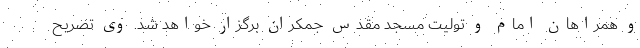
و همراهان امام و تولیت مسجد مقدس جمکران برگزار خواهد شد. وی تصریح